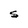
Character: S